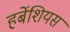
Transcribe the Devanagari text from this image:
हर्बेशियस